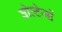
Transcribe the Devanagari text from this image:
वोल्टेजों